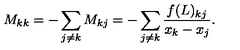
M _ { k k } = - \sum _ { j \neq k } M _ { k j } = - \sum _ { j \neq k } \frac { f ( L ) _ { k j } } { x _ { k } - x _ { j } } .